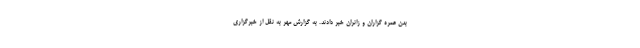
بدن عمره گزاران و زائران خبر دادند. به گزارش مهر به نقل از خبرگزاری